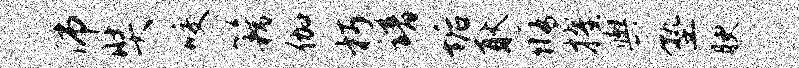
沛奘咬籍伽朽谱垢耿修擢舆塾腴